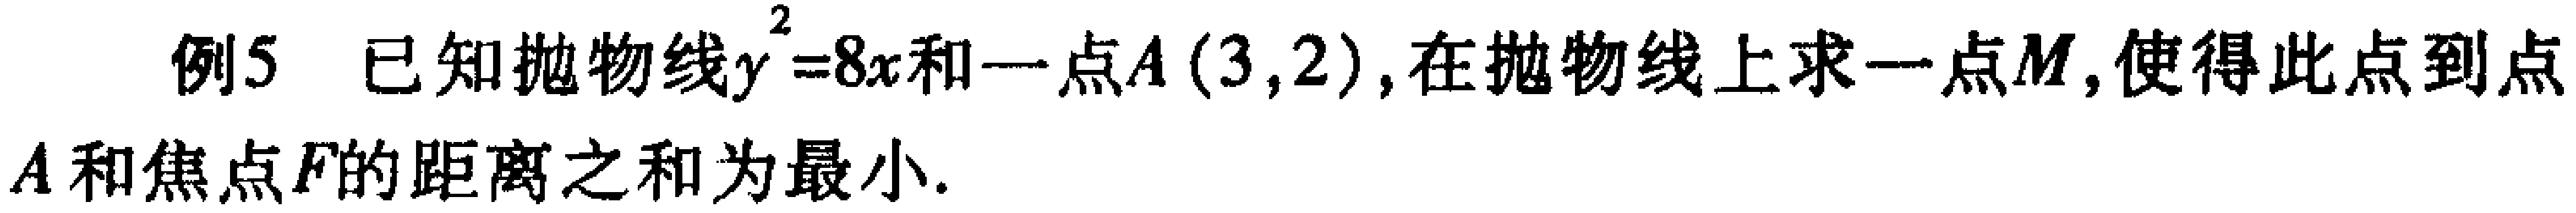
例5 已知抛物线\(y^{2}=8x\)和一点\(A(3,2)\),在抛物线上求一点\(M\),使得此点到点\(A\)和焦点\(F\)的距离之和为最小.